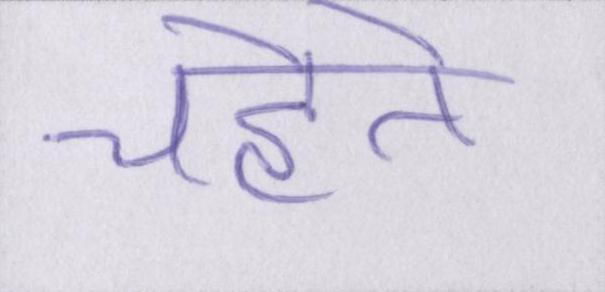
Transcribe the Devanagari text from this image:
चहेते